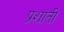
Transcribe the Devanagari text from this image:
प्रशांती